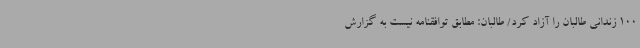
100 زندانی طالبان را آزاد کرد/ طالبان: مطابق توافقنامه نیست به گزارش